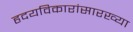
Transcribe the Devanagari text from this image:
हृदयविकारांसारख्या